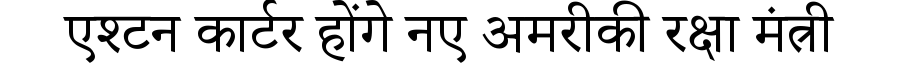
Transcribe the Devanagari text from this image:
एश्टन कार्टर होंगे नए अमरीकी रक्षा मंत्री